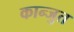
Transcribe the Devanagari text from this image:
कान्जुत